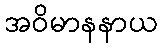
အဝိမာနနာယ